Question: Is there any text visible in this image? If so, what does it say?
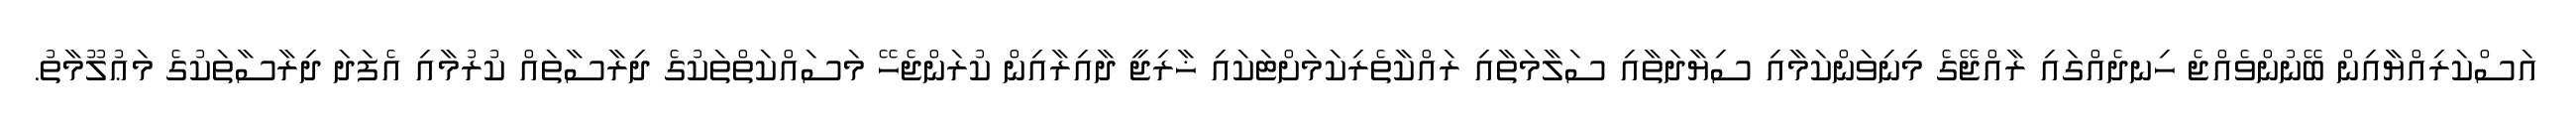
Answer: އަސްކަރިއްޔާއިން ބޭނުންވެއްޖެ ހިނދެއްގައި ރާއްޖޭގެ މިނިވަންކަމާއި ސިޔާދަތާއި ސަލާމަތާއި ރައްކާތެރިކަމަށްޓަކައި ޚާރިޖީ ދާއިރާއިން ކުރަންޖެހޭ މަސައްކަތްތަކުގެ ދިރާސާތައް ކުރުމާއި އެފަދަ ދިރާސާތަކުގެ މަޢުލޫމާތު.